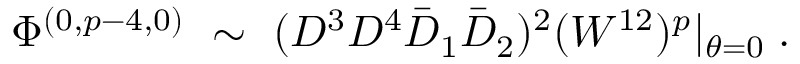
\Phi ^ { ( 0 , p - 4 , 0 ) } ~ \sim ~ ( D ^ { 3 } D ^ { 4 } \bar { D } _ { 1 } \bar { D } _ { 2 } ) ^ { 2 } ( W ^ { 1 2 } ) ^ { p } \vert _ { \theta = 0 } \; .